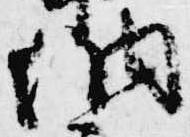
納